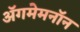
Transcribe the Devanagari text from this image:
अॅगमेमनॉन